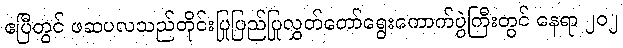
ဧပြီတွင် ဖဆပလသည်တိုင်းပြုပြည်ပြုလွှတ်တော်ရွေးကောက်ပွဲကြီးတွင် နေရာ ၂၀၂